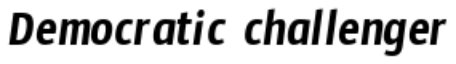
Democratic challenger